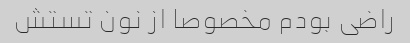
راضی بودم مخصوصا از نون تستش